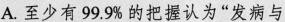
A.至少有99.9%的把握认为”发病与